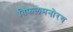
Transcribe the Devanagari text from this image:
विफलमनोरथ